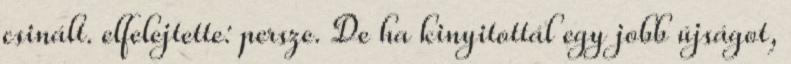
csinált. elfelejtette: persze. De ha kinyitottál egy jobb újságot,